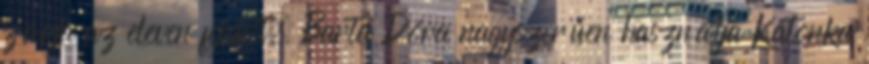
zárja az eleven fejeket. Barta Dóra nagyszerűen használja Katonka